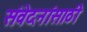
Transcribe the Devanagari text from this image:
संवेदनांसाठी